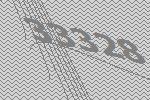
33328